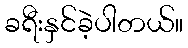
ခရီးနှင်ခဲ့ပါတယ်။